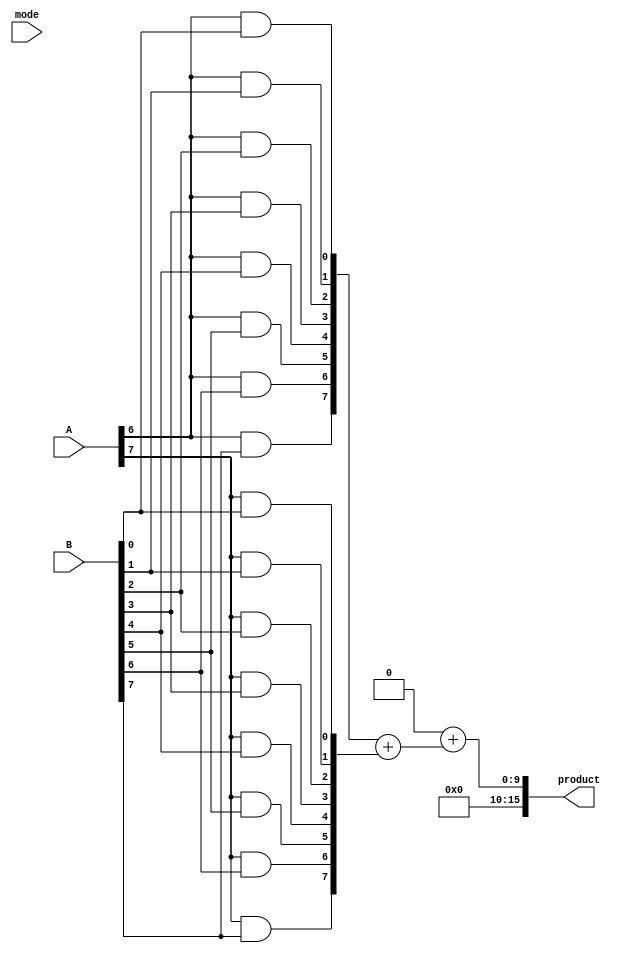
module DualModeWallaceTreeMultiplier #(parameter N = 8) (
    input [N-1:0] A, // Operand A
    input [N-1:0] B, // Operand B
    input mode,      // Mode select: 0 for Low-Area, 1 for High-Speed
    output reg [2*N-1:0] product // Output product
);

    // Internal signal declarations
    wire [N-1:0] pp[N-1:0]; // Partial products
    wire [2*N-1:0] reduced[N-1:0]; // Reduced values after each stage

    // Generate Partial Products
    genvar i, j;
    generate
        for (i = 0; i < N; i = i + 1) begin : pp_gen
            for (j = 0; j < N; j = j + 1) begin : pp_row
                assign pp[i][j] = A[i] & B[j]; // AND between A and B
            end
        end
    endgenerate

    // Wallace Tree Reduction
    integer k;
    always @(*) begin
        for (k = 0; k < N; k = k + 1) begin
            // You can implement different adder configurations based on the mode
            // High-Speed Mode: More full adders and potential pipelining
            // Low-Area Mode: Fewer full adders, possibly more serial processing
            if (mode) begin // High-Speed Mode
                // Example reduction using full adders
                if (k < N-1) begin
                    {reduced[k+1], reduced[k][N:0]} = pp[k] + pp[k+1]; // Example full adder operation
                end
            end else begin // Low-Area Mode
                // Example reduction using fewer full adders or half adders
                if (k < N-1) begin
                    {reduced[k+1], reduced[k][N:0]} = pp[k] + pp[k+1]; // Simpler addition
                end
            end
        end
    end
    
    // Final Addition
    always @(*) begin
        // Add the final two rows using a conventional adder
        product = reduced[N-1] + reduced[N-2]; // Final result output as product
    end

endmodule